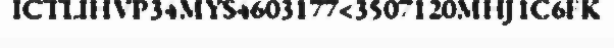
ICTLIHVP34MYS4603177<3507120MHJ1C6FK